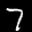
Label: 7